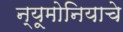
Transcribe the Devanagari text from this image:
न्यूमोनियाचे